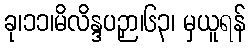
ခု၊၁၁၊မိလိန္ဒပဉှာ၊၆၃၊ မှယူရန်